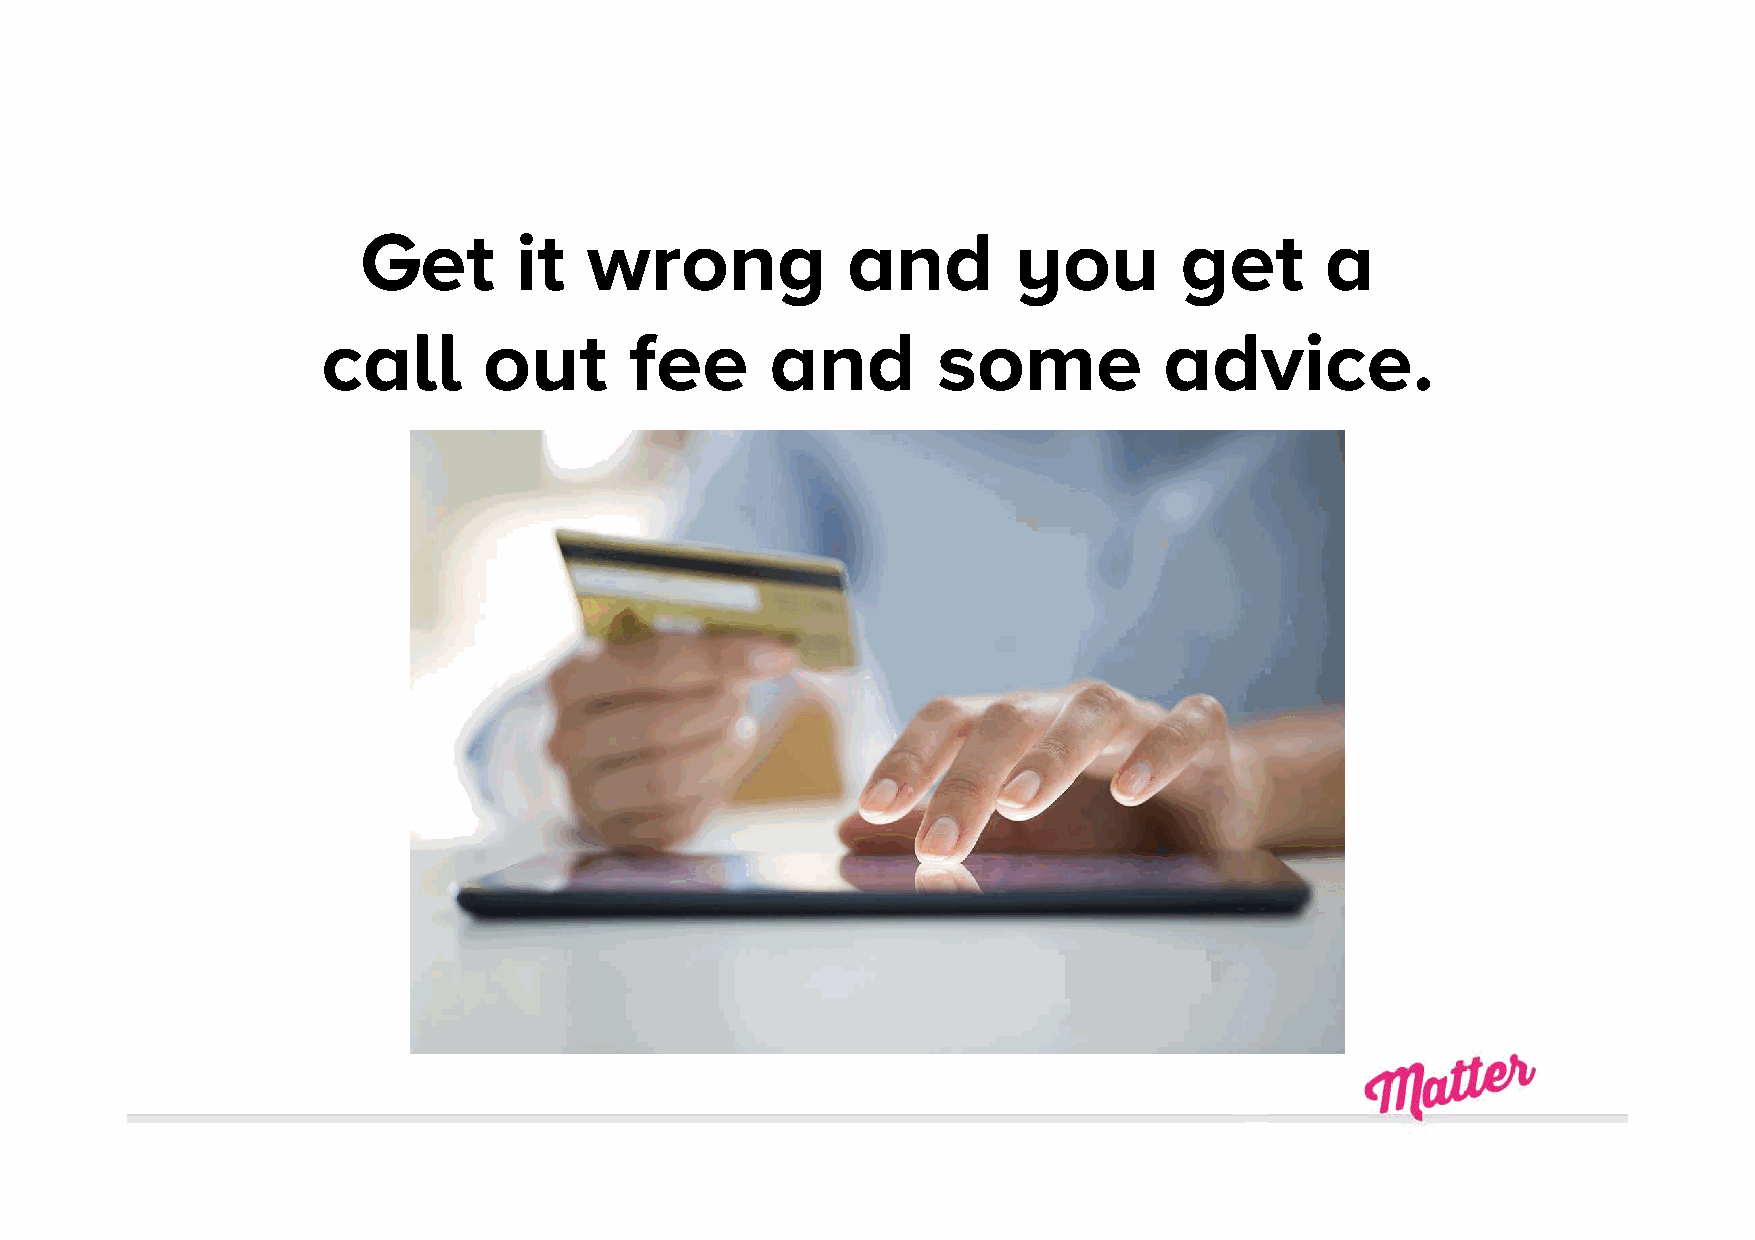
Get       it   wrong            and        you        get       a
 call       out       fee      and        some           advice.